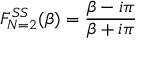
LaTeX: F _ { N = 2 } ^ { S S } ( \beta ) = \frac { \beta - i \pi } { \beta + i \pi }